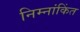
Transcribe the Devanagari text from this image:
निम्नांकिंत